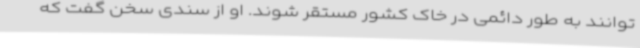
توانند به طور دائمی در خاک کشور مستقر شوند. او از سندی سخن گفت که